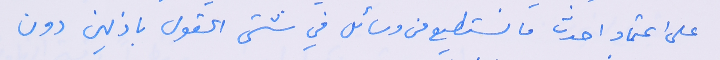
على اعتماد احدث ما نستطيع من وسائل في شتى الحقول باذلين دون